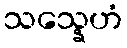
သသ္နေဟံ